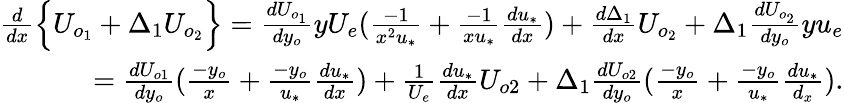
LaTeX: \begin{array}{r}{\frac{d}{dx}\Big\{ U_{o_{1}}+\Delta_{1}U_{o_{2}}\Big\} =\frac{dU_{o_{1}}}{dy_{o}}yU_{e}(\frac{-1}{x^{2}u_{*}}+\frac{-1}{xu_{*}}\frac{du_{*}}{dx})+\frac{d\Delta_{1}}{dx}U_{o_{2}}+\Delta_{1}\frac{dU_{o_{2}}}{dy_{o}}yu_{e}}\\ {=\frac{dU_{o1}}{dy_{o}}(\frac{-y_{o}}{x}+\frac{-y_{o}}{u_{*}}\frac{du_{*}}{dx})+\frac{1}{U_{e}}\frac{du_{*}}{dx}U_{o2}+\Delta_{1}\frac{dU_{o2}}{dy_{o}}(\frac{-y_{o}}{x}+\frac{-y_{o}}{u_{*}}\frac{du_{*}}{d_{x}}).}\end{array}